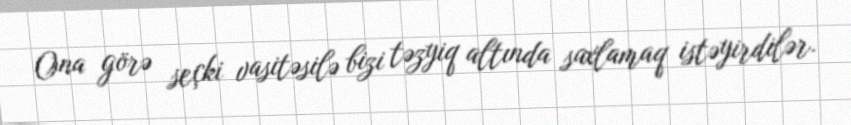
Ona görə seçki vasitəsilə bizi təzyiq altında saxlamaq istəyirdilər.